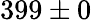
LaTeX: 399\pm 0